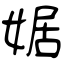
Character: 婮